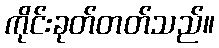
ကိုင်းခုတ်တတ်သည်။